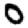
Digit: 0